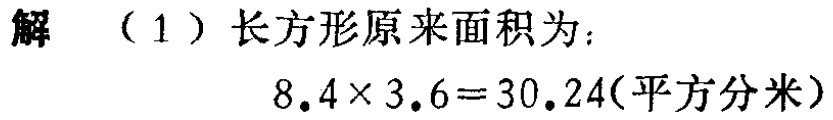
解 （1）长方形原来面积为：

\[

8.4\times 3.6 = 30.24(\text{平方分米})

\]